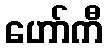
ဟော်ကီ